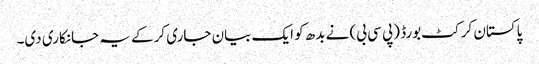
پاکستان کرکٹ بورڈ (پی سی بی) نے بدھ کو ایک بیان جاری کرکے یہ جانکاری دی۔